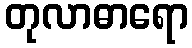
တုလာဓာရော